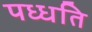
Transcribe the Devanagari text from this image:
पध्धति